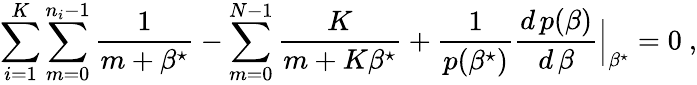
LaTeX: \sum_{i=1}^{K}\sum_{m=0}^{n_{i}-1}\frac{1}{m+\beta^{\star}}-\sum_{m=0}^{N-1}\frac{K}{m+K\beta^{\star}}+\frac{1}{{p}(\beta^{\star})}\frac{d\, {p}(\beta)}{d\, \beta}\Big|_{\beta^{\star}}=0~,